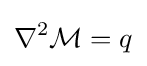
\nabla ^{2}{\mathcal {M}}=q